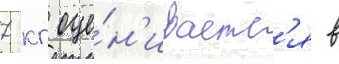
7 кг оце́н'иваетс'я в